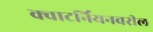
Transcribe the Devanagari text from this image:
क्वाटर्नियनवरील